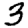
Digit: 3